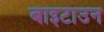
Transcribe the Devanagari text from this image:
बाइटाउन